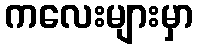
ကလေးများမှာ